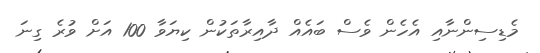
މެޑިސިންނާއި އެހެން ވެސް ބައެއް ދާއިރާތަކުން ކިޔަވާ 100 އަށް ވުރެ ގިނަ